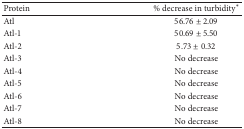
| Protein | % decrease in turbidity* |
 | --- | --- |
 | Atl | 56.76 ± 2.09 |
 | Atl-1 | 50.69 ± 5.50 |
 | Atl-2 | 5.73 ± 0.32 |
 | Atl-3 | No decrease |
 | Atl-4 | No decrease |
 | Atl-5 | No decrease |
 | Atl-6 | No decrease |
 | Atl-7 | No decrease |
 | Atl-8 | No decrease |